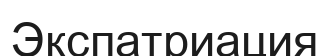
Экспатриация